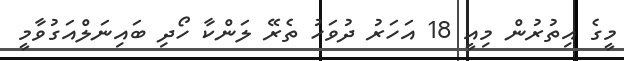
މީގެ އިތުރުން މިއީ 18 އަހަރު ދުވަހު ތެރޭ ލަންކާ ހޯދި ބައިނަލްއަގުވާމީ